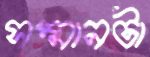
সম্মানটা